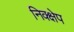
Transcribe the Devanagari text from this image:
निक्क्षेप